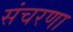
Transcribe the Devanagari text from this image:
संचरणा